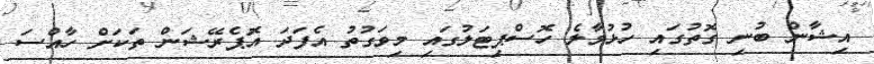
އިޝާން ބުނި ގޮތުގައި ހުޅުމާލެ ހޮސްޕިޓަލުގައި މިވަގުތު އެފަދަ އޮޕެރޭޝަން ތަކަށް ހާއްސަ